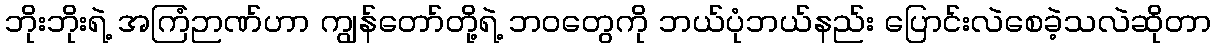
ဘိုးဘိုးရဲ့ အကြံဉာဏ်ဟာ ကျွန်တော်တို့ရဲ့ ဘဝတွေကို ဘယ်ပုံဘယ်နည်း ပြောင်းလဲစေခဲ့သလဲဆိုတာ